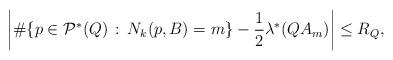
LaTeX: \begin{align*}\left|\#\{p\in\mathcal{P}^*(Q)\,:\,N_{k}(p,B)=m\} - \frac12 \lambda^*(QA_m)\right|\leq R_Q,\end{align*}